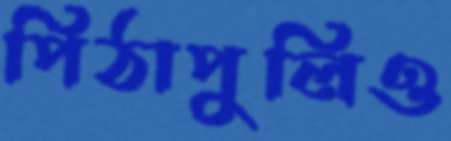
পিঠাপুলিও